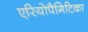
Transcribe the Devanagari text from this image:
एरियोपैगिटिका